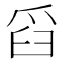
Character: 舀